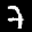
Label: 7